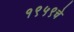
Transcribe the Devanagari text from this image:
१९५९चे